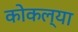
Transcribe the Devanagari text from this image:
कोकल्या